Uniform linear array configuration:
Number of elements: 8
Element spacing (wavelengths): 1
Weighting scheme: cosine
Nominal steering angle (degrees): -30
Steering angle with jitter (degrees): -28.522
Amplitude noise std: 0.05
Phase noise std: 0.05

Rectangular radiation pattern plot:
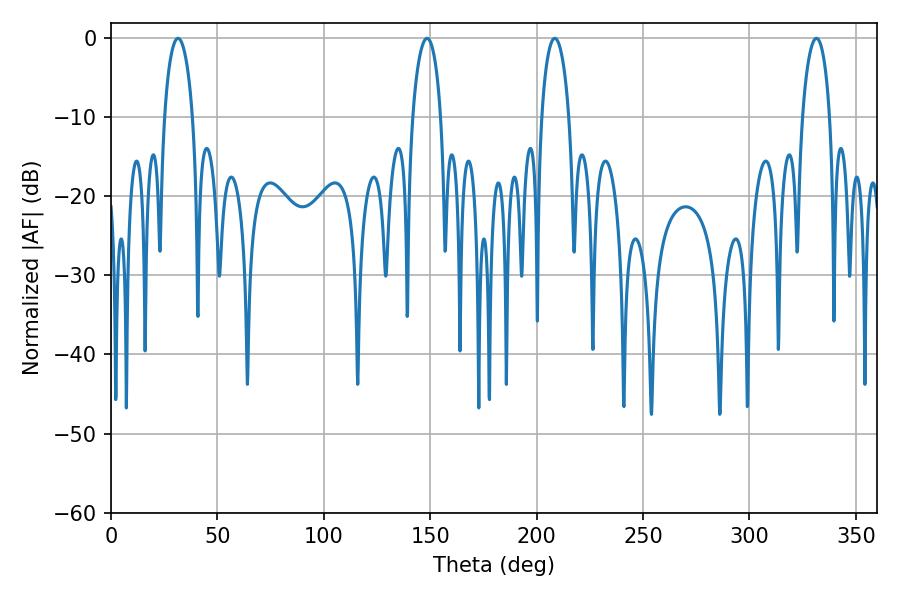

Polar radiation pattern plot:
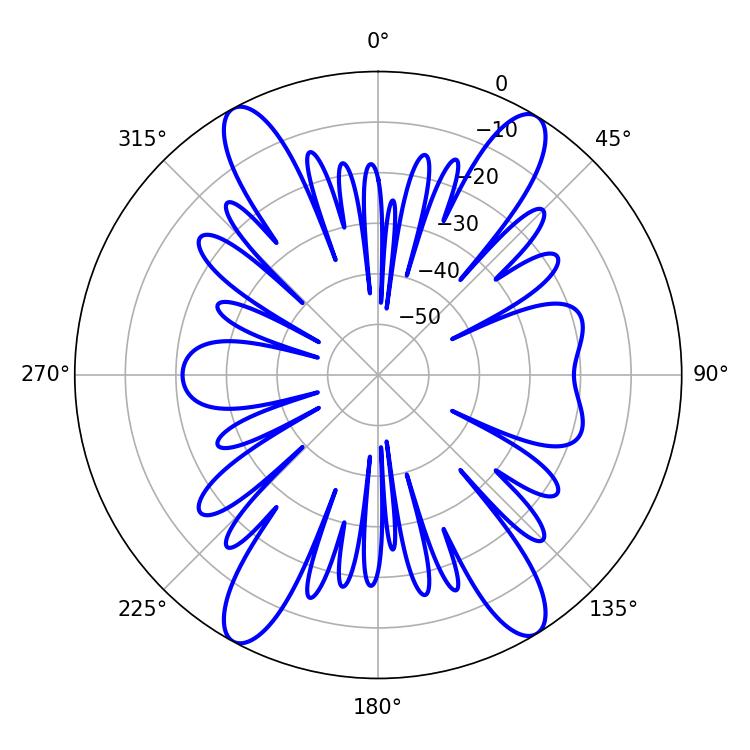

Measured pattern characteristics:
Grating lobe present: TRUE
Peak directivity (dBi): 19.611
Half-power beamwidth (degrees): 7.56
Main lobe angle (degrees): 31.5